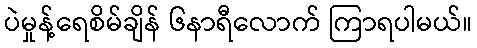
ပဲမှုန့်ရေစိမ်ချိန် ၆နာရီလောက် ကြာရပါမယ်။